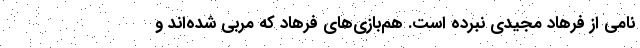
نامی از فرهاد مجیدی نبرده است. هم‌بازی‌های فرهاد که مربی شده‌اند و